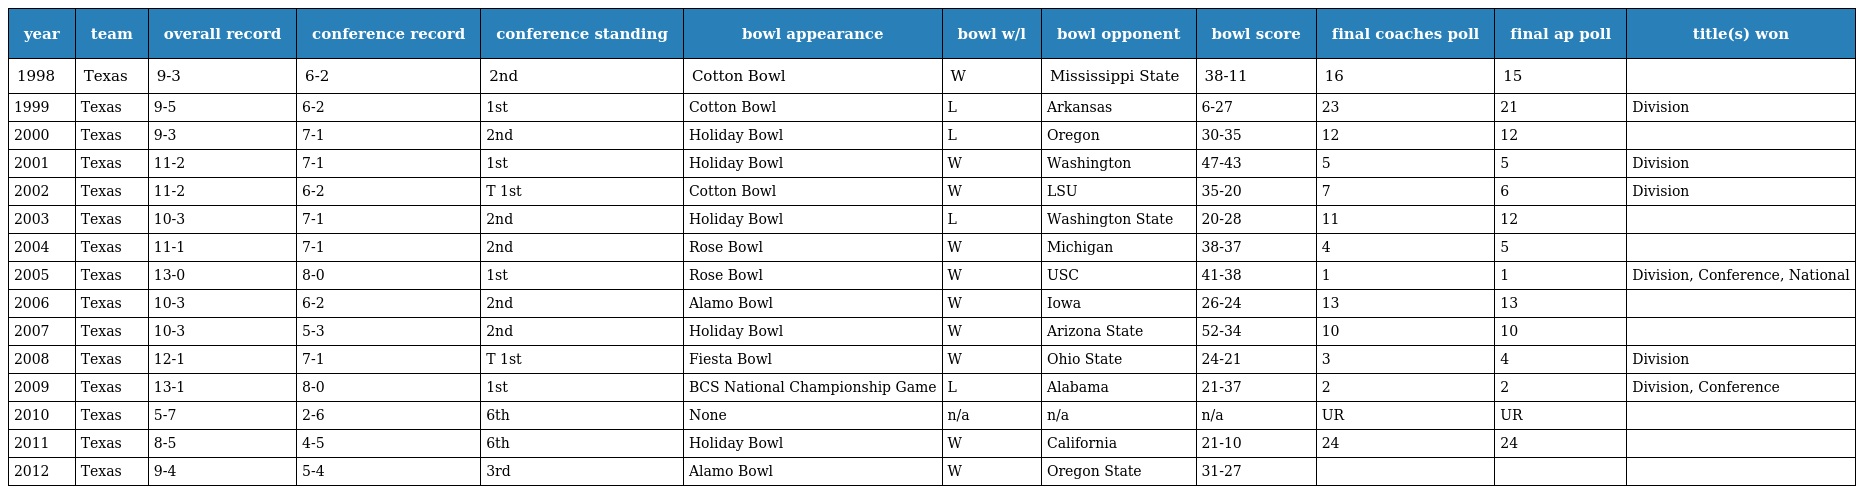
| year | team | overall record | conference record | conference standing | bowl appearance | bowl w/l | bowl opponent | bowl score | final coaches poll | final ap poll | title(s) won |
 | --- | --- | --- | --- | --- | --- | --- | --- | --- | --- | --- | --- |
 | 1998 | Texas | 9-3 | 6-2 | 2nd | Cotton Bowl | W | Mississippi State | 38-11 | 16 | 15 |  |
 | 1999 | Texas | 9-5 | 6-2 | 1st | Cotton Bowl | L | Arkansas | 6-27 | 23 | 21 | Division |
 | 2000 | Texas | 9-3 | 7-1 | 2nd | Holiday Bowl | L | Oregon | 30-35 | 12 | 12 |  |
 | 2001 | Texas | 11-2 | 7-1 | 1st | Holiday Bowl | W | Washington | 47-43 | 5 | 5 | Division |
 | 2002 | Texas | 11-2 | 6-2 | T 1st | Cotton Bowl | W | LSU | 35-20 | 7 | 6 | Division |
 | 2003 | Texas | 10-3 | 7-1 | 2nd | Holiday Bowl | L | Washington State | 20-28 | 11 | 12 |  |
 | 2004 | Texas | 11-1 | 7-1 | 2nd | Rose Bowl | W | Michigan | 38-37 | 4 | 5 |  |
 | 2005 | Texas | 13-0 | 8-0 | 1st | Rose Bowl | W | USC | 41-38 | 1 | 1 | Division, Conference, National |
 | 2006 | Texas | 10-3 | 6-2 | 2nd | Alamo Bowl | W | Iowa | 26-24 | 13 | 13 |  |
 | 2007 | Texas | 10-3 | 5-3 | 2nd | Holiday Bowl | W | Arizona State | 52-34 | 10 | 10 |  |
 | 2008 | Texas | 12-1 | 7-1 | T 1st | Fiesta Bowl | W | Ohio State | 24-21 | 3 | 4 | Division |
 | 2009 | Texas | 13-1 | 8-0 | 1st | BCS National Championship Game | L | Alabama | 21-37 | 2 | 2 | Division, Conference |
 | 2010 | Texas | 5-7 | 2-6 | 6th | None | n/a | n/a | n/a | UR | UR |  |
 | 2011 | Texas | 8-5 | 4-5 | 6th | Holiday Bowl | W | California | 21-10 | 24 | 24 |  |
 | 2012 | Texas | 9-4 | 5-4 | 3rd | Alamo Bowl | W | Oregon State | 31-27 |  |  |  |